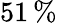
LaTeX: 51\, \%